Indian journal of veterinary science and animal husbandry - Volumes 26-27, 1956-1957
Year: 1956
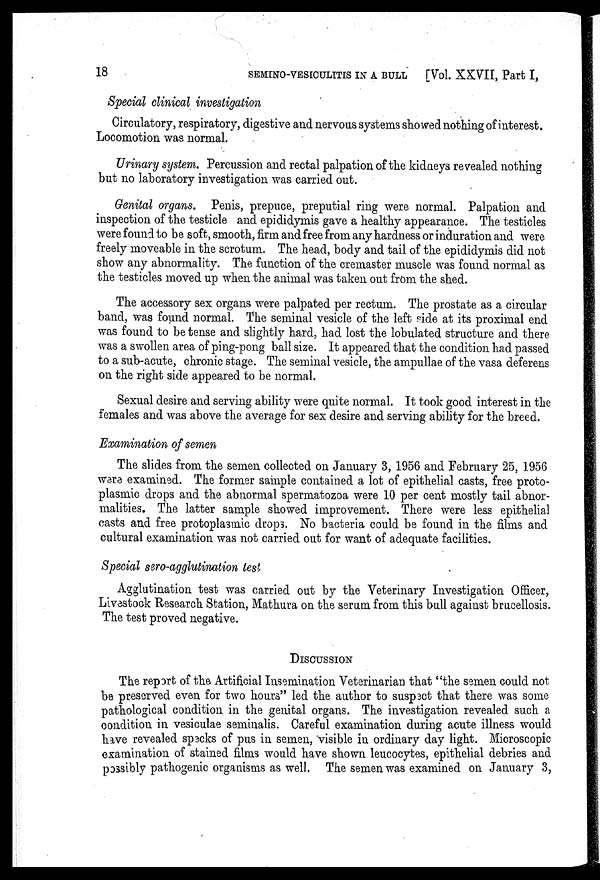
18
SEMINO-VESICULITIS IN A BULL [Vol. XXVII, Part I,
Special clinical investigation
Circulatory, respiratory, digestive and nervous systems showed nothing of interest.
Locomotion was normal.
Urinary system. Percussion and rectal palpation of the kidneys revealed nothing
but no laboratory investigation was carried out.
Genital organs. Penis, prepuce, preputial ring were normal. Palpation and
inspection of the testicle and epididymis gave a healthy appearance. The testicles
were found to be soft, smooth, firm and free from any hardness or induration and were
freely moveable in the scrotum. The head, body and tail of the epididymis did not
show any abnormality. The function of the cremaster muscle was found normal as
the testicles moved up when the animal was taken out from the shed.
The accessory sex organs were palpated per rectum. The prostate as a circular
band, was found normal. The seminal vesicle of the left side at its proximal end
was found to be tense and slightly hard, had lost the lobulated structure and there
was a swollen area of ping-pong ball size. It appeared that the condition had passed
to a sub-acute, chronic stage. The seminal vesicle, the ampullae of the vasa deferens
on the right side appeared to be normal.
Sexual desire and serving ability were quite normal. It took good interest in the
females and was above the average for sex desire and serving ability for the breed.
Examination of semen
The slides from the semen collected on January 3, 1956 and February 25, 1956
were examined. The former sample contained a lot of epithelial casts, free proto-
plasmic drops and the abnormal spermatozoa were 10 per cent mostly tail abnor-
malities. The latter sample showed improvement. There were less epithelial
casts and free protoplasmic drops. No bacteria could be found in the films and
cultural examination was not carried out for want of adequate facilities.
Special sero-agglutination test
Agglutination test was carried out by the Veterinary Investigation Officer,
Livestock Research Station, Mathura on the serum from this bull against brucellosis.
The test proved negative.
DISCUSSION
The report of the Artificial Insemination Veterinarian that "the semen could not
be preserved even for two hours" led the author to suspect that there was some
pathological condition in the genital organs. The investigation revealed such a
condition in vesiculae seminalis. Careful examination during acute illness would
have revealed specks of pus in semen, visible in ordinary day light. Microscopic
examination of stained films would have shown leucocytes, epithelial debries and
possibly pathogenic organisms as well. The semen was examined on January 3,